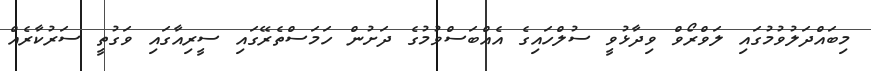
މިބައްދަލުވުމުގައި ލަވްރޯވް ވިދާޅުވީ ސުލްހައިގެ އެއްބަސްވުމުގެ ދަށުން ހަމަސްތެރޭގައި ސީރިއާގައި ވަގުތީ ސަރުކާރެއް